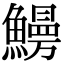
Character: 𩻠